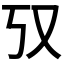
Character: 𫨲